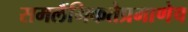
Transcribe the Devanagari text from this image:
समलैंगिकतेप्रमाणेच